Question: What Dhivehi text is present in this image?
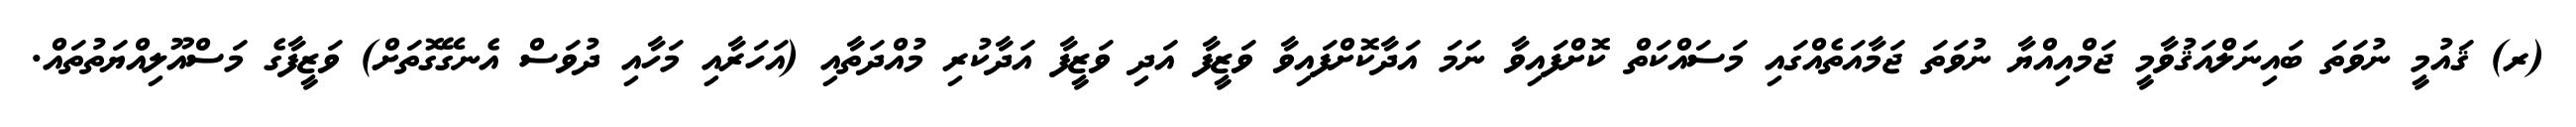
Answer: (ރ) ޤައުމީ ނުވަތަ ބައިނަލްއަޤުވާމީ ޖަމްއިއްޔާ ނުވަތަ ޖަމާއަތެއްގައި މަސައްކަތް ކޮށްފައިވާ ނަމަ އަދާކޮށްފައިވާ ވަޒީފާ އަދި ވަޒީފާ އަދާކުރި މުއްދަތާއި (އަހަރާއި މަހާއި ދުވަސް އެނގޭގޮތަށް) ވަޒީފާގެ މަސްއޫލިއްޔަތުތައް.